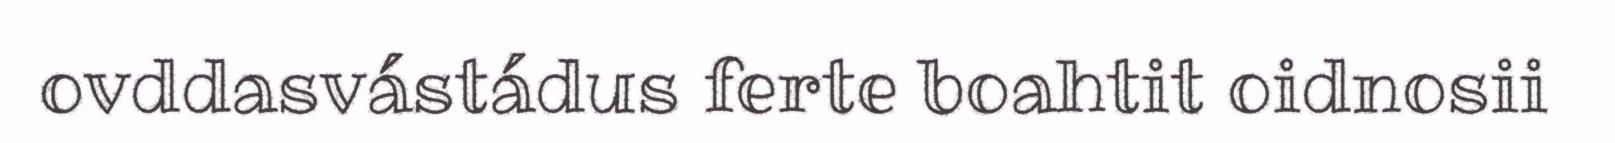
ovddasvástádus ferte boahtit oidnosii